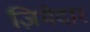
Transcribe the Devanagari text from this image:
ज़िमेदार